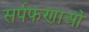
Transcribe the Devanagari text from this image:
सर्पफणाओं